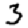
Digit: 3